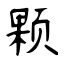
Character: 颗